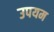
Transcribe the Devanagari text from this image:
उपयम